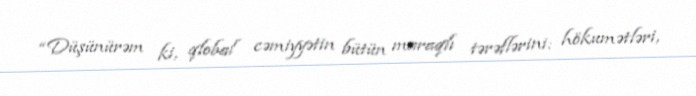
“Düşünürəm ki, qlobal cəmiyyətin bütün maraqlı tərəflərini: hökumətləri,